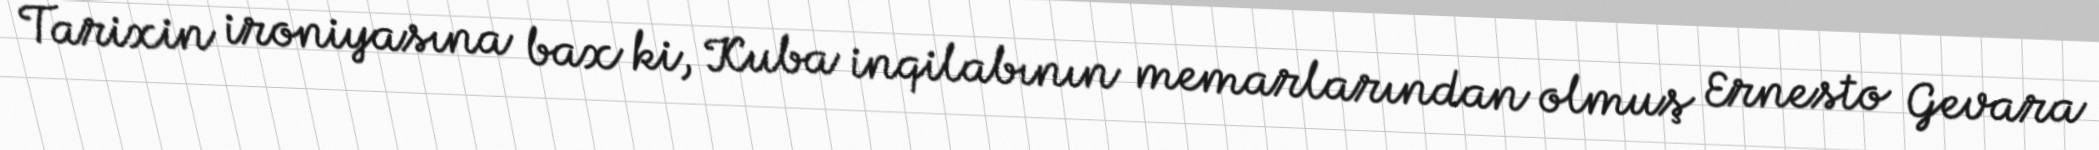
Tarixin ironiyasına bax ki, Kuba inqilabının memarlarından olmuş Ernesto Gevara